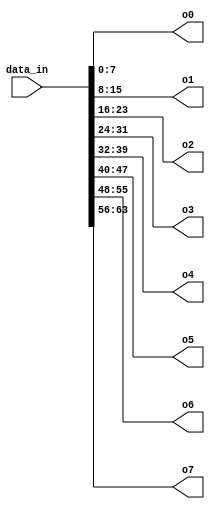
module dataSlice (
    input [63:0] data_in,
    output [7:0] o0,
    output [7:0] o1,
    output [7:0] o2,
    output [7:0] o3,
    output [7:0] o4,
    output [7:0] o5,
    output [7:0] o6,
    output [7:0] o7
);

reg [7:0] input_array [7:0];
reg [63:0] slice_temp;
reg [7:0] i,j;

always @(*) begin
    //slice array
    slice_temp = data_in;
    for (i=0; i<8; i=i+1) begin
        for (j=0; j<8; j=j+1) begin
            input_array[i][j] = slice_temp[0];
            slice_temp = slice_temp >> 1;
        end
    end
end

assign o0 = input_array[0];
assign o1 = input_array[1];
assign o2 = input_array[2];
assign o3 = input_array[3];
assign o4 = input_array[4];
assign o5 = input_array[5];
assign o6 = input_array[6];
assign o7 = input_array[7];

endmodule